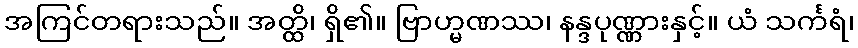
အကြင်တရားသည်။ အတ္ထိ၊ ရှိ၏။ ဗြာဟ္မဏဿ၊ နန္ဒပုဏ္ဏားနှင့်။ ယံ သင်္ကရံ၊